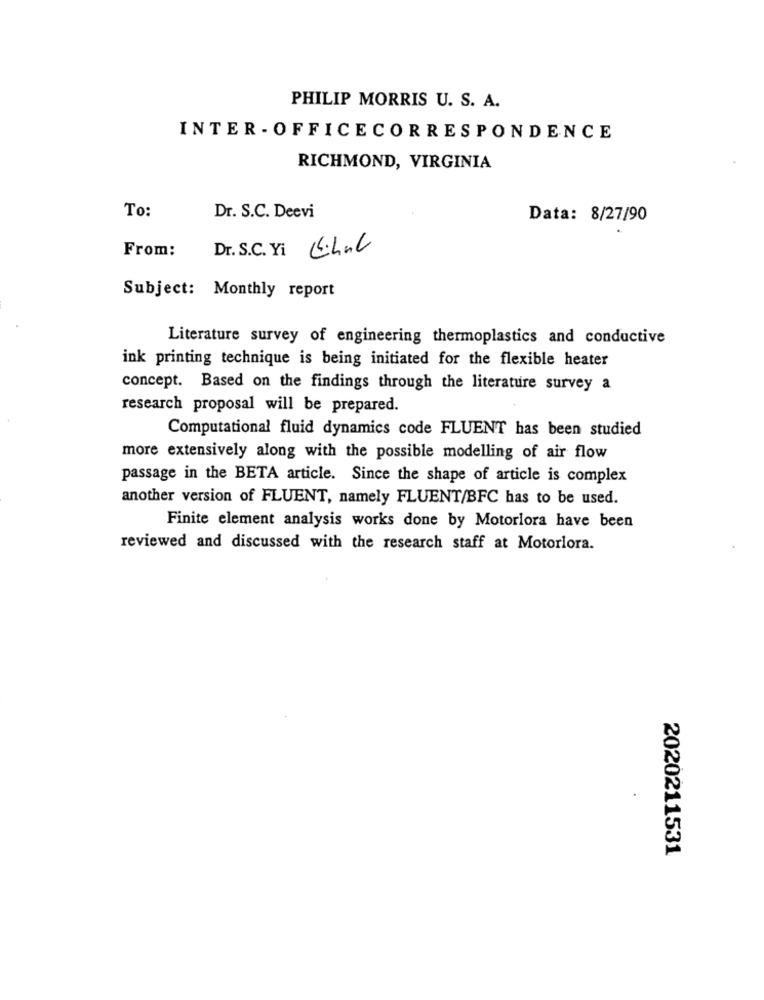
PHILIP MORRIS U. S. A.
INTER - OFFICECORRESPONDENCE
RICHMOND, VIRGINIA
To:
Dr. S.C. Deevi
Data: 8/27/90
From:
Dr. S.C. Yi 6.hal
Subject: Monthly report
Literature survey of engineering thermoplastics and conductive
ink printing technique is being initiated for the flexible heater
concept. Based on the findings through the literature survey a
research proposal will be prepared.
Computational fluid dynamics code FLUENT has been studied
more extensively along with the possible modelling of air flow
passage in the BETA article. Since the shape of article is complex
another version of FLUENT, namely FLUENT/BFC has to be used.
Finite element analysis works done by Motoriora have been
reviewed and discussed with the research staff at Motorlora.
.
2020211531